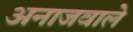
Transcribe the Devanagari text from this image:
अनाजवाले